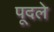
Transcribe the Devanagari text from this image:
पूदले